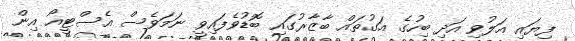
ފިޔައި އަލުވި އަދި ބިހުގެ އަގުތައް ބާޒާރުގައި ބޮޑުވެފައިވީ ނަމަވެސް އެސްޓީއޯ އިން